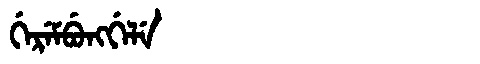
Manchu: ᡤᡝᡵᡝᠮᠪᡠᠩᡤᡝᠯᡝ
Romanization: GEREMBUNGGELE